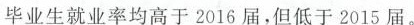
D 毕业生就业率均高于2016届，但低于2015届。